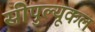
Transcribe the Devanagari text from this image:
सीपुल्यूकल